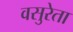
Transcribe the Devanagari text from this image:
वसुरेता